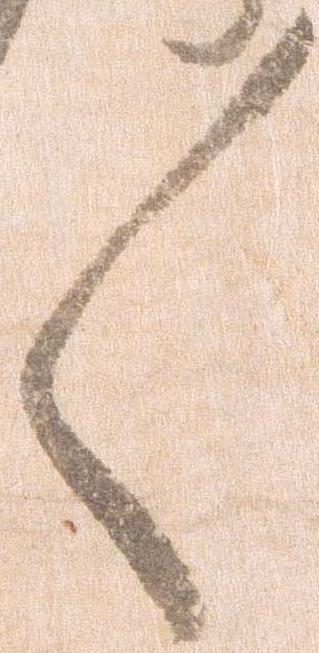
々